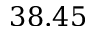
3 8 . 4 5